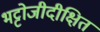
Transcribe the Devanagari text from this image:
भट्टोजीदीक्षित